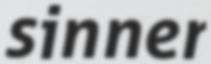
sinner